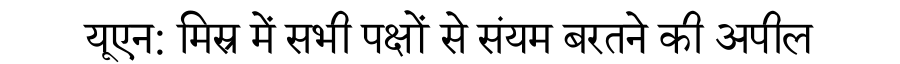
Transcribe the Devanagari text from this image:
यूएन: मिस्र में सभी पक्षों से संयम बरतने की अपील